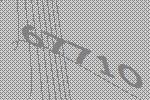
67710